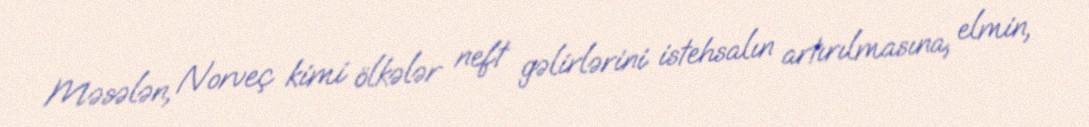
Məsələn, Norveç kimi ölkələr neft gəlirlərini istehsalın artırılmasına, elmin,